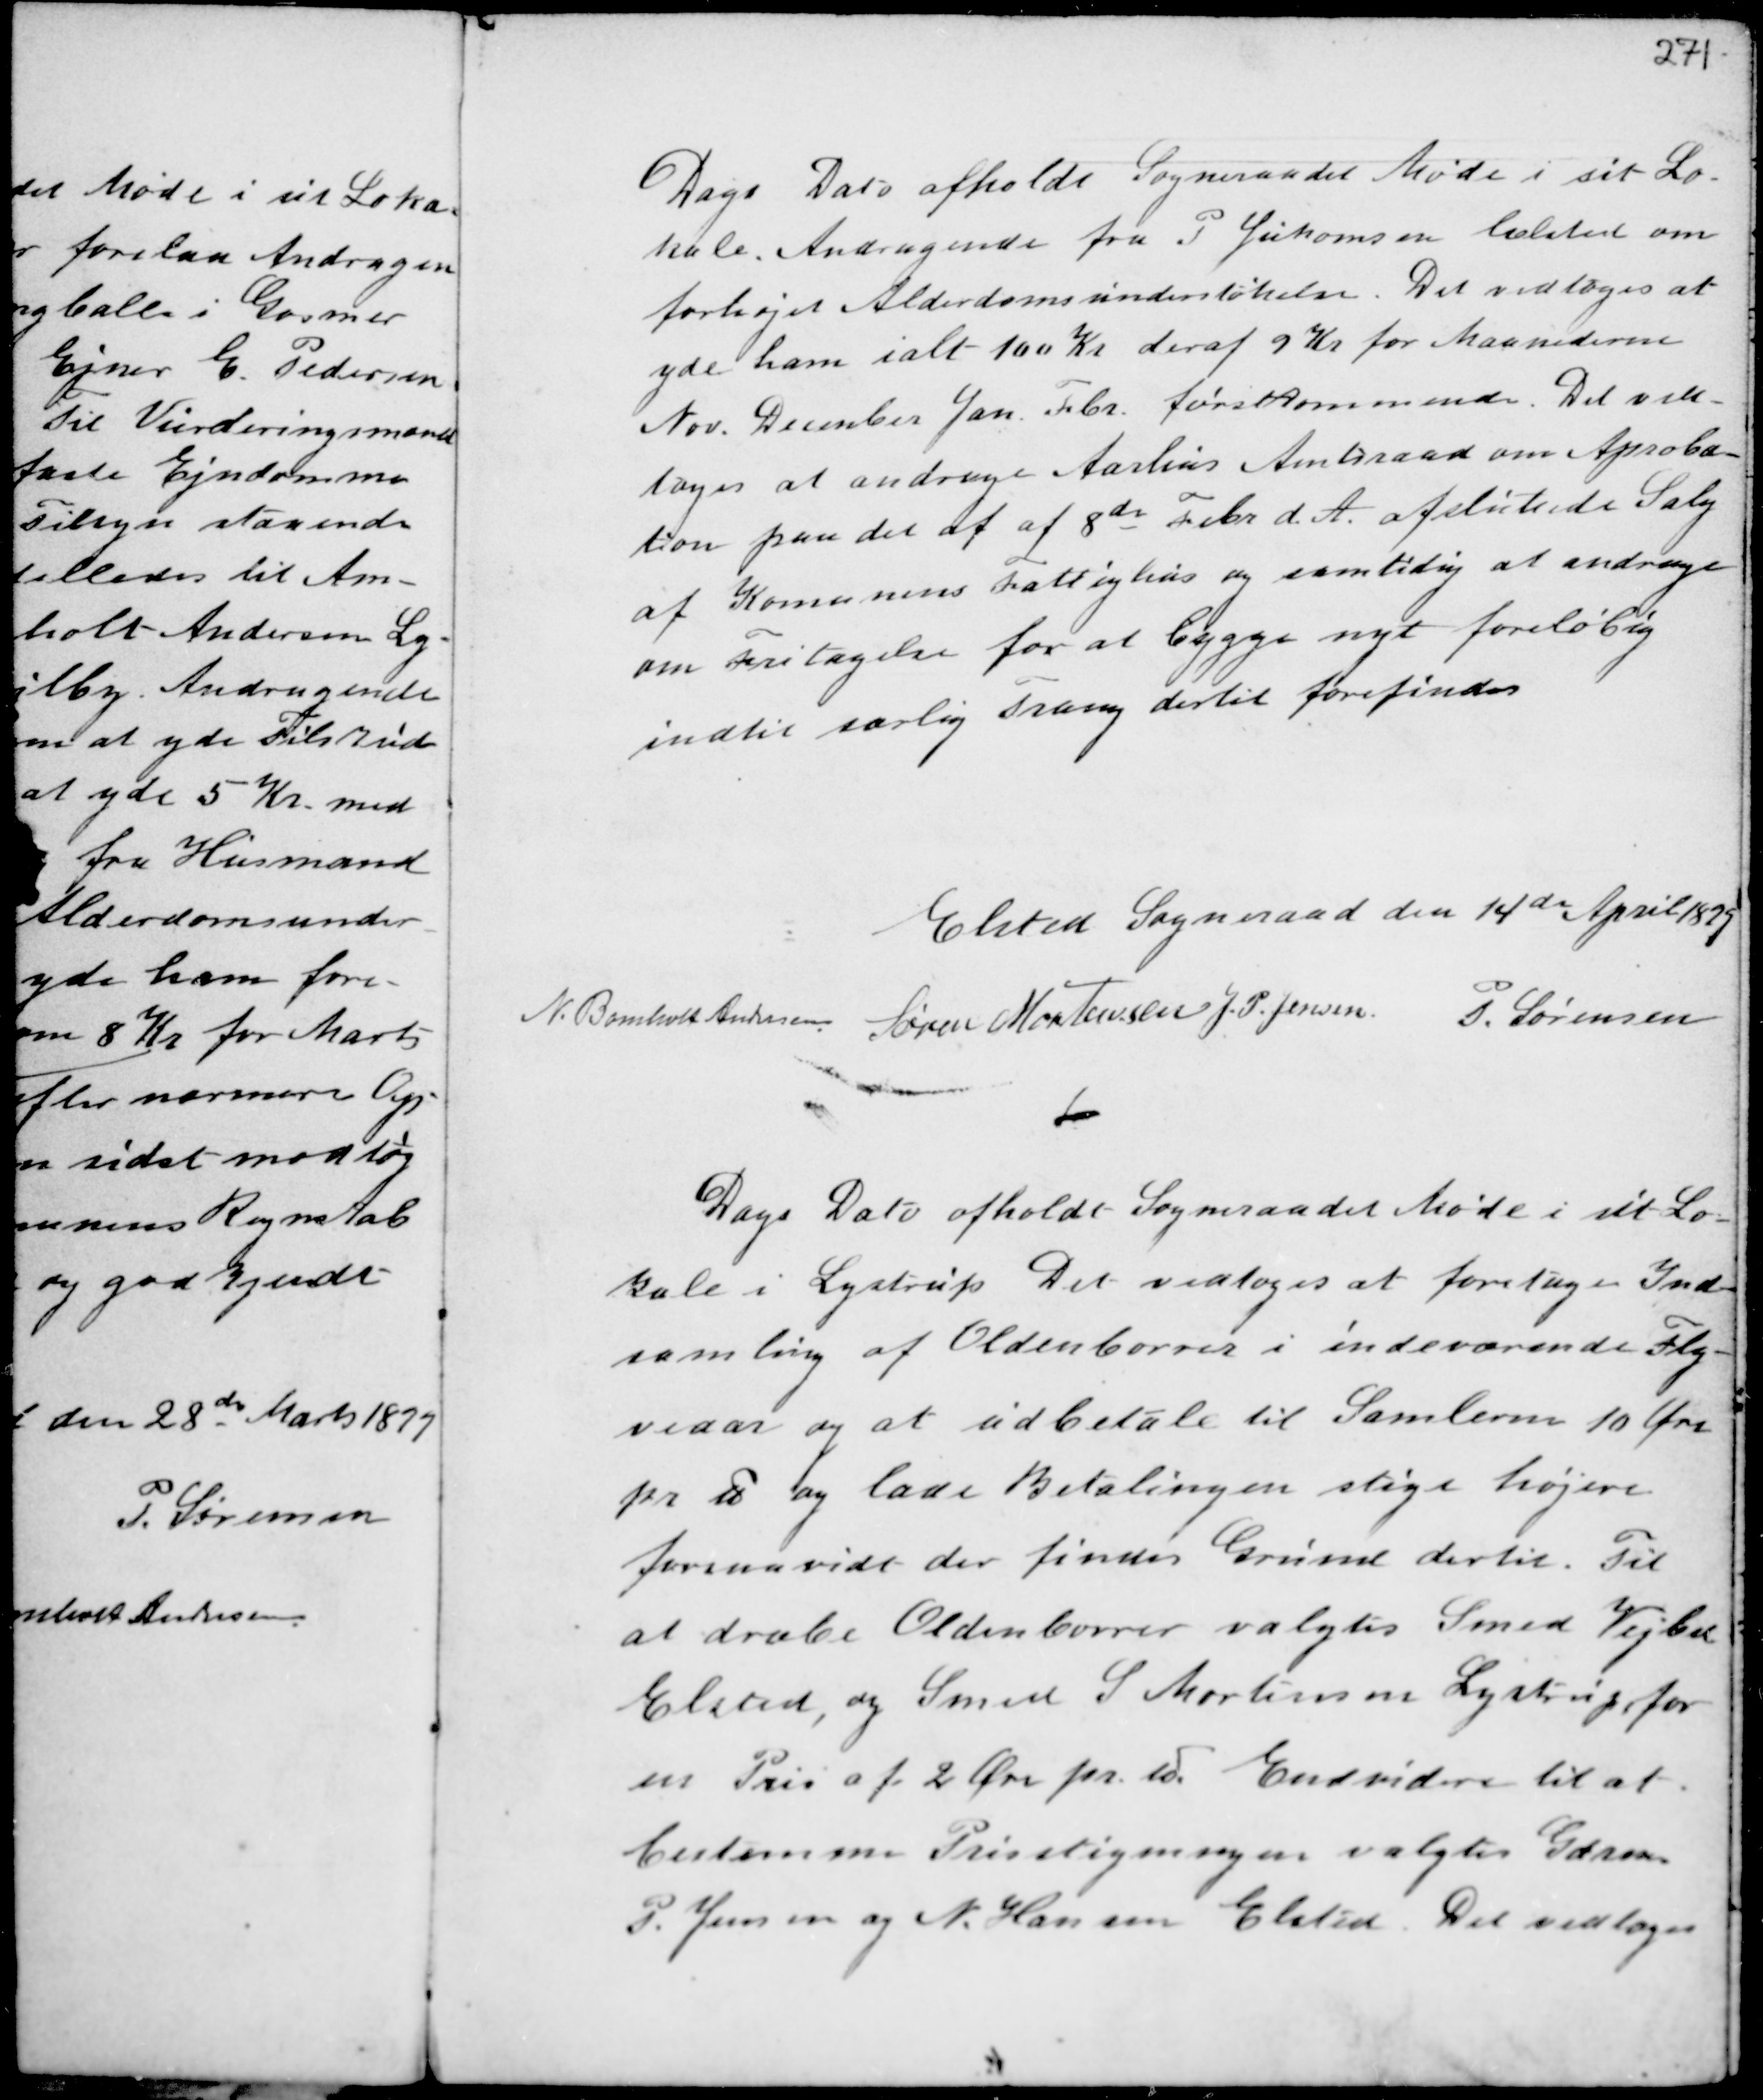
Transskription:
Dags Dato afholdt Sogneraadet Møde i sit Lo-
kale. Andragende fra P Jukomsen Elsted om
forhøjet Alderdomsunderstøttelse. Det vedtoges at
yde ham ialt 100 Kr. deraf 9 Kr for Maanederne
Nov. December Jan. Febr. førstkommende. Det ved-
toges at andrage Aarhus Amtsraad om Aproba-
tion paa det af af 8de Febr d.A. afsluttede Salg
af Komunens Fattighus og samtidig at andrage
om Fritagelse for at Bygge nyt foreløbig
indtil særlig Trang dertil forefindes

Elsted Sogneraad den 14de April 1899
N. Bomholt Andersen
Søren Mortensen J.P. Jensen P. Sørensen

Dags Dato afholdt Sogneraadet Møde i sit Lo-
kale i Lystrup. Det vedtoges at foretage Ind-
samling af Oldenborrer i indeværende Fly-
veaar og at udbetale til Samlerne 10 Øre
pr Td og lade Betalingen stige højere
forsaavidt der findes Grund dertil. Til
at dræbe Oldenborrer valgtes Smed Wejbel
Elsted, og Smed S Mortensen Lystrup for
en Pris af 2 Øre pr. Td. Endvidere til at
bestemme Prisstigningen valgtes Gdrene
P. Jensen og N. Hansen Elsted. Det vedtoges